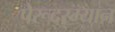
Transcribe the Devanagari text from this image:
पेरूदरम्यान